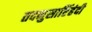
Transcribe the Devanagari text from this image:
तदनुसारिंहंदी